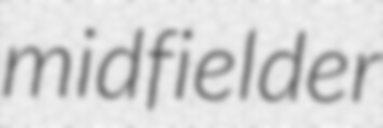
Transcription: midfielder